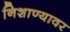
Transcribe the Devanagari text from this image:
निशाण्यावर